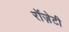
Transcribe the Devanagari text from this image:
रॉज़ेटी